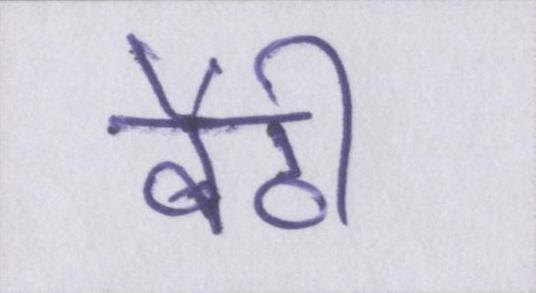
बैठी